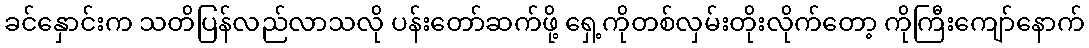
ခင်နှောင်းက သတိပြန်လည်လာသလို ပန်းတော်ဆက်ဖို့ ရှေ့ကိုတစ်လှမ်းတိုးလိုက်တော့ ကိုကြီးကျော်နောက်